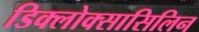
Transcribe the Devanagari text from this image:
डिक्लोक्सासिलिन